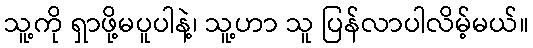
သူ့ကို ရှာဖို့မပူပါနဲ့၊ သူ့ဟာ သူ ပြန်လာပါလိမ့်မယ်။